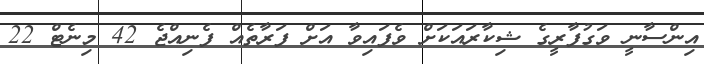
އިންސާނީ ވަގުފާރީގެ ޝިކާރައަކަށް ވެފައިވާ އަށް ފަރާތެއް ފެނިއްޖެ 42 މިނެޓް 22